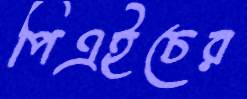
পিএইচের